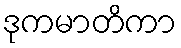
ဒုကမာတိကာ